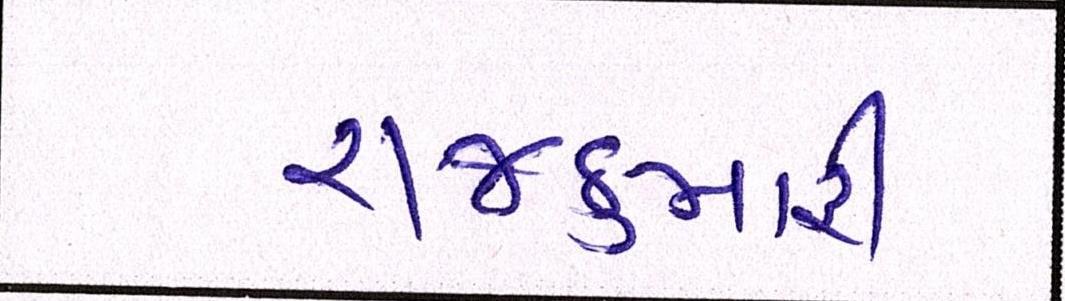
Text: રાજકુમારી